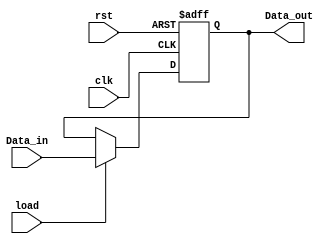
`timescale 1ns / 1ps
//////////////////////////////////////////////////////////////////////////////////
// Company: 
// Engineer: 
// 
// Design Name: 
// Module Name:    Registro 
// Project Name: 
// Target Devices: 
// Tool versions: 
// Description: 
//
// Dependencies: 
//
// Revision: 
// Revision 0.01 - File Created
// Additional Comments: 
//
//////////////////////////////////////////////////////////////////////////////////
module registro(clk, rst, load, Data_in, Data_out);
 input clk, rst, load;
 input [3:0] Data_in;
 output reg [3:0] Data_out;


 always @(posedge clk or posedge rst)
 
	if (rst)
		Data_out = 0;
		
	else if (load)
		Data_out = Data_in;
	
	else 
		Data_out = Data_out;
 
endmodule